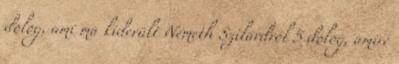
dolog, ami ma kiderült Németh Szilárdról 5 dolog, amire